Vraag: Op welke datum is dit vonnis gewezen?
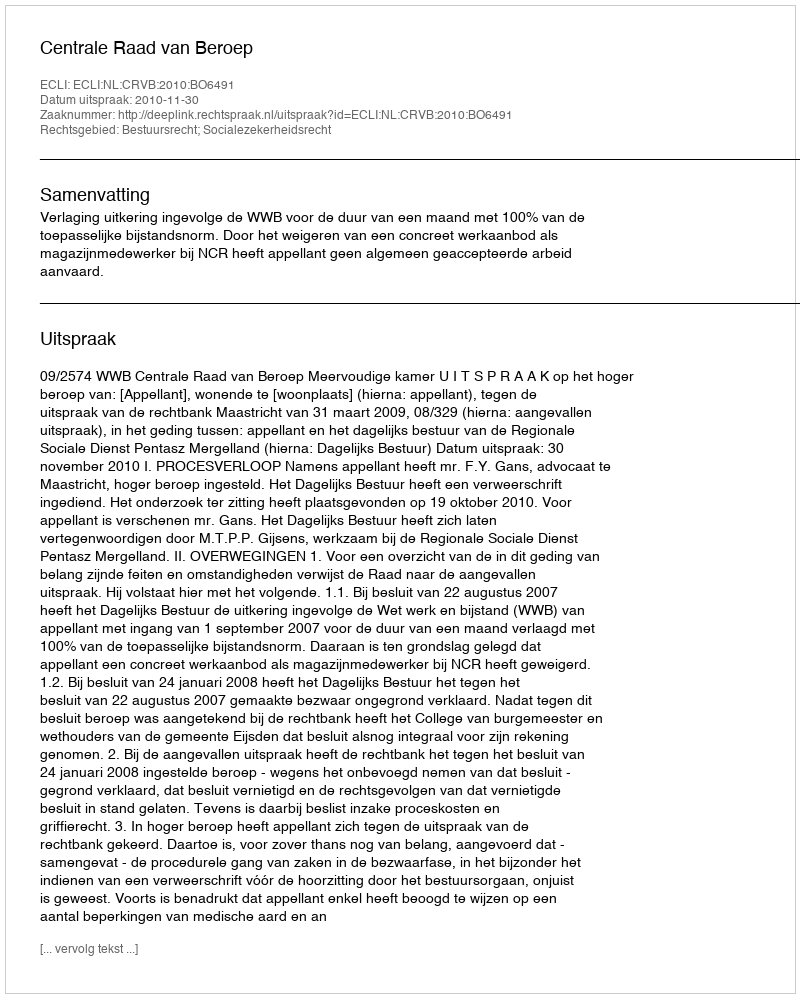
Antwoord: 2010-11-30